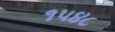
૧૫૪૮